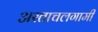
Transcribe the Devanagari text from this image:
अस्ताचलगामी